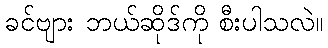
ခင်ဗျား ဘယ်ဆိုဒ်ကို စီးပါသလဲ။